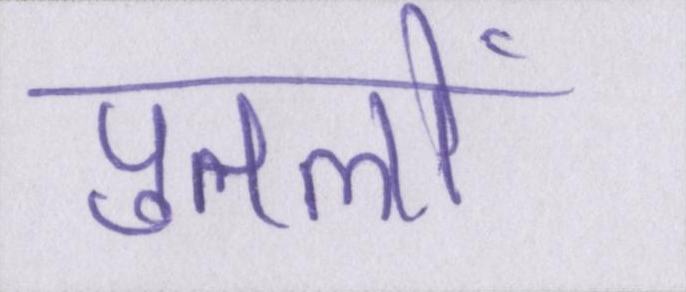
पुतलों